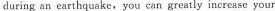
during an earthquake,you can greatly increase your